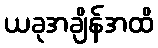
ယခုအချိန်အထိ